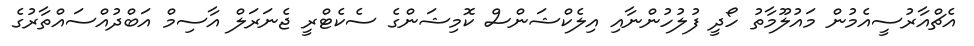
އެޗްއާރުސީއެމުން މައުލޫމާތު ހޯދީ ފުލުހުންނާއި އިލެކްޝަންސް ކޮމިޝަންގެ ސެކެޓްރީ ޖެނަރަލް އާސިމް އަބްދުއްސައްތާރުގެ